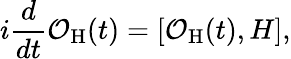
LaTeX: i\frac{d}{dt}\mathcal{O}_{\mathrm{H}}(t)=[\mathcal{O}_{\mathrm{H}}(t),H],